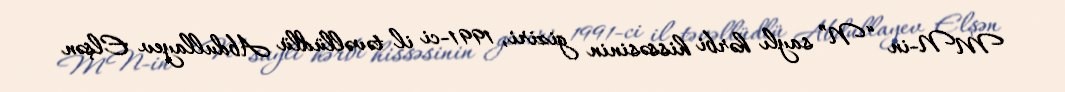
MN-in “N” saylı hərbi hissəsinin giziri, 1991-ci il təvəllüdlü Abdullayev Elşən